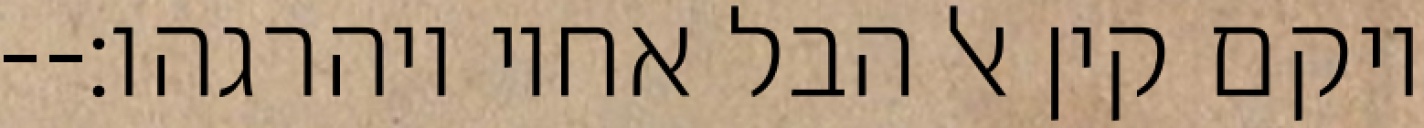
ויקם קין אל הבל אחיו ויהרגהו׃--